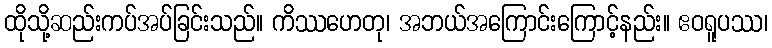
ထိုသို့ဆည်းကပ်အပ်ခြင်းသည်။ ကိဿဟေတု၊ အဘယ်အကြောင်းကြောင့်နည်း။ ဧဝရူပဿ၊